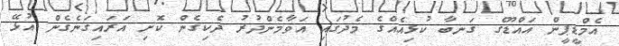
އެމްޑީޕީން އައްޑޫގެ ގަނބާ ކުޅިއެއްގެ މެދުގައި އަވާމެންދުރު ދެކިގެން ކޮށި އަރައިގަނެގެން އުޅޭ